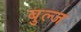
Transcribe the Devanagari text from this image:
बुल्ज